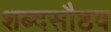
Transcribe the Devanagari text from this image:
शब्दसौष्ठव